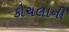
કોચલાની